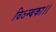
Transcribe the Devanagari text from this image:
विऽम्बका।।